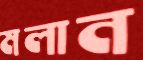
মলান